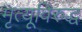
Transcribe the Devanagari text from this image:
मृत्यूविरुद्ध